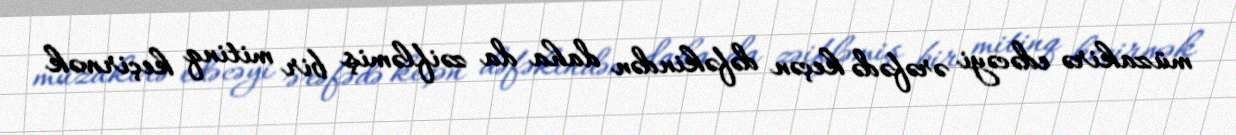
müzakirə edəcəyi ərəfədə keçən dəfəkindən daha da zəifləmiş bir mitinq keçirmək